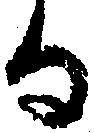
る